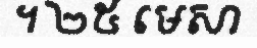
។ ២៥ មេសា